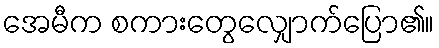
အေမီက စကားတွေလျှောက်ပြော၏။